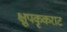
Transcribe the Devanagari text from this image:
क्षुपकृकराट